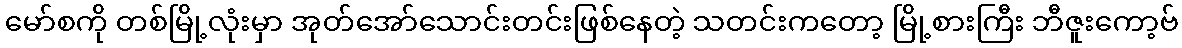
မော်စကို တစ်မြို့လုံးမှာ အုတ်အော်သောင်းတင်းဖြစ်နေတဲ့ သတင်းကတော့ မြို့စားကြီး ဘီဇူးကော့ဗ်